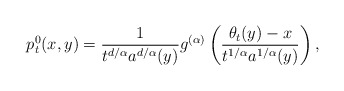
\begin{align*}p_t^0(x,y)= \frac{1}{t^{d/\alpha}a^{d/\alpha}(y)}g^{(\alpha)}\left({\theta_t(y)-x\over t^{1/\alpha}a^{1/\alpha}(y)}\right),\end{align*}